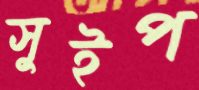
সুইপ